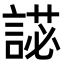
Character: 𧪋